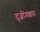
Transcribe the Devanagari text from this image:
द्ज़ोंगखाग